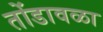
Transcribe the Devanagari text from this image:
तोंडावळा